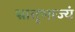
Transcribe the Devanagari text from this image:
भ्रातृभाज्यं